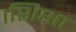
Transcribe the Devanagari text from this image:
।शिक्षा